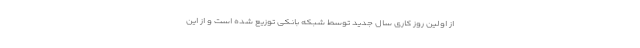
از اولین روز کاری سال جدید توسط شبکه بانکی توزیع شده است و از این